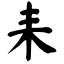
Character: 耒